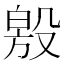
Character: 𣪧